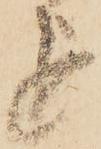
を